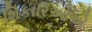
શિકારિઓએ